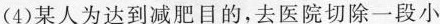
(4)某人为达到减肥目的，去医院切除一段小